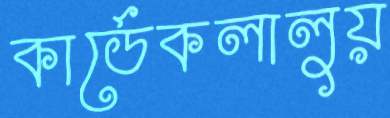
কার্ডেকলালুয়